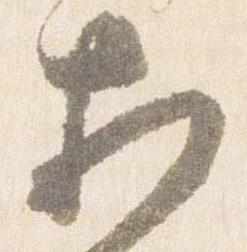
相